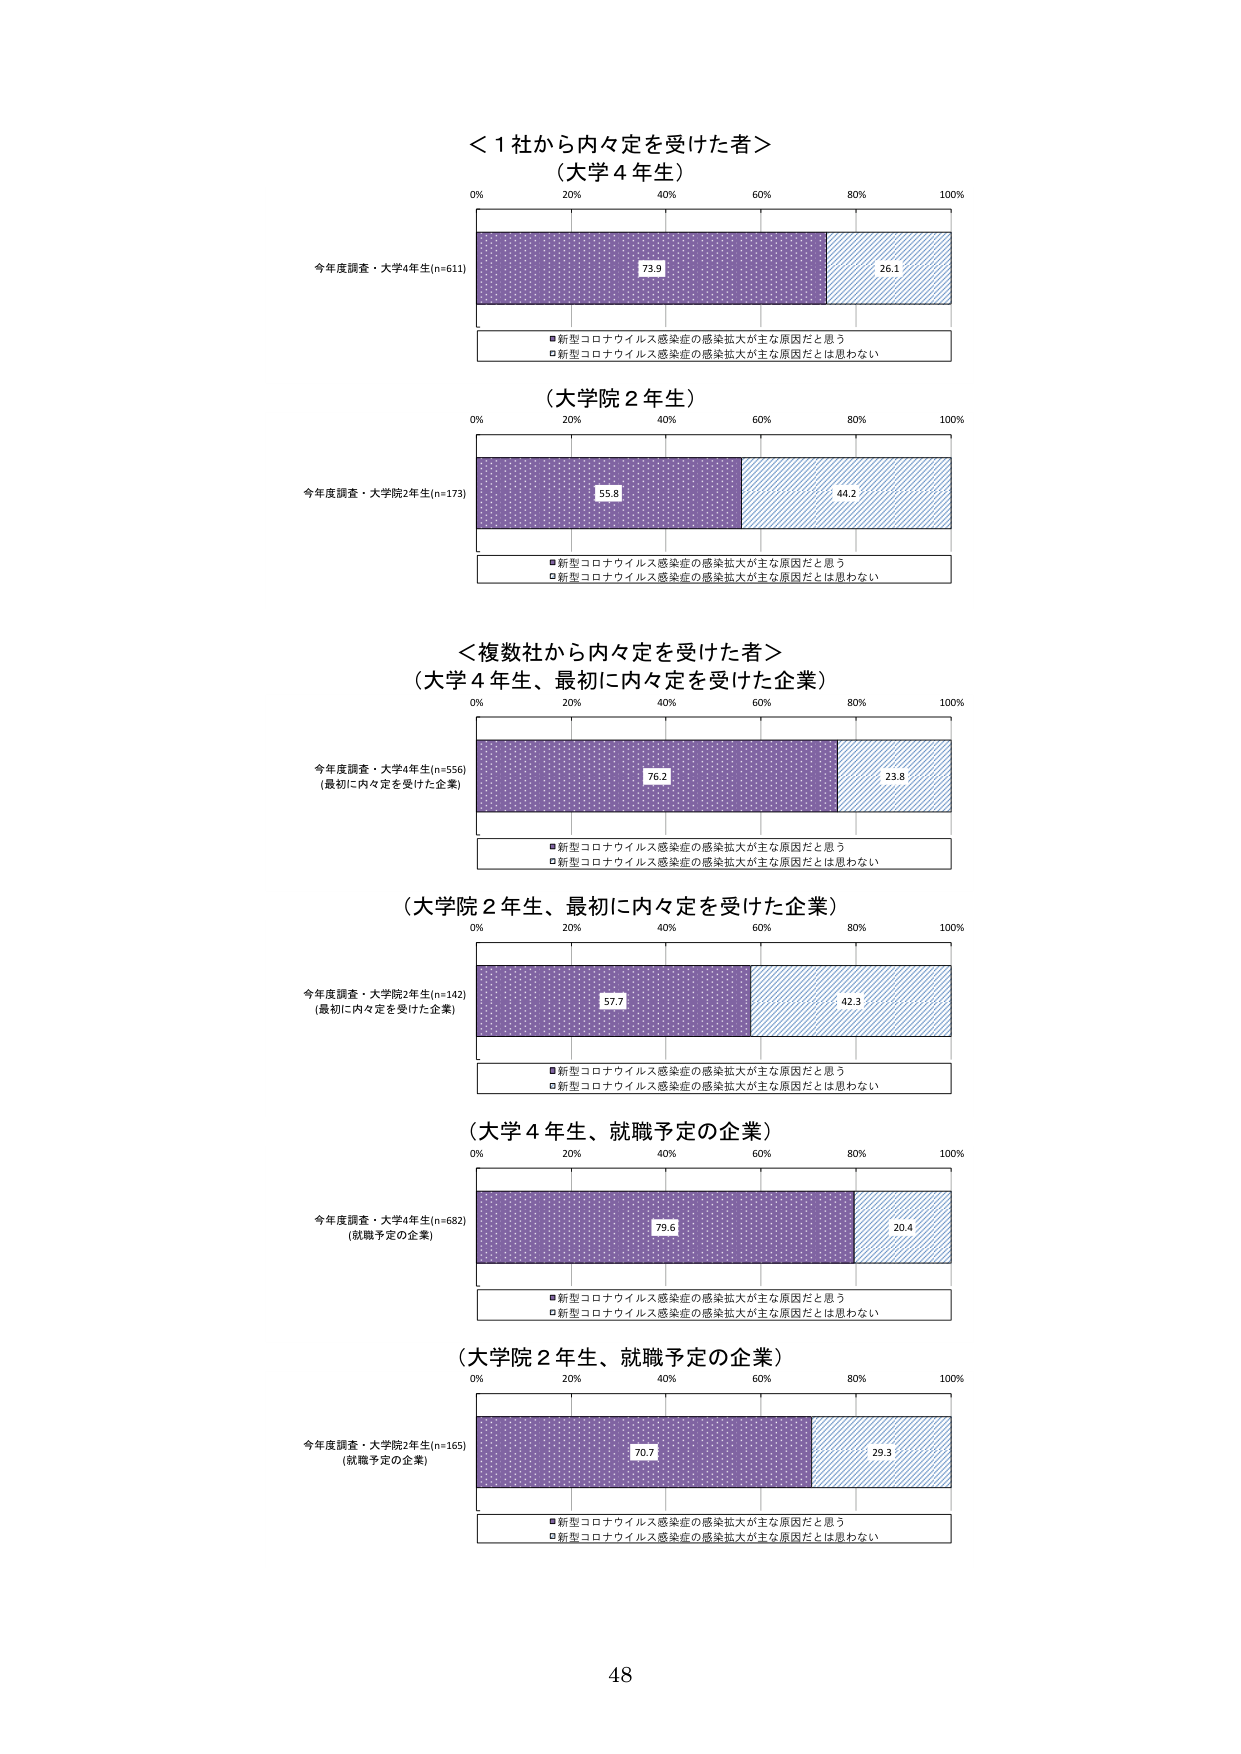
＜１社から内々定を受けた者＞
（大学４年生）
0% 20% 40% 60% 80% 100%
今年度調査・大学4年生(n=611)
73.9 26.1
■新型コロナウイルス感染症の感染拡大が主な原因だと思う
□新型コロナウイルス感染症の感染拡大が主な原因だとは思わない

（大学院２年生）
0% 20% 40% 60% 80% 100%
今年度調査・大学院2年生(n=173)
55.8 44.2
■新型コロナウイルス感染症の感染拡大が主な原因だと思う
□新型コロナウイルス感染症の感染拡大が主な原因だとは思わない

＜複数社から内々定を受けた者＞
（大学４年生、最初に内々定を受けた企業）
0% 20% 40% 60% 80% 100%
今年度調査・大学4年生(n=556)
(最初に内々定を受けた企業)
76.2 23.8
■新型コロナウイルス感染症の感染拡大が主な原因だと思う
□新型コロナウイルス感染症の感染拡大が主な原因だとは思わない

（大学院２年生、最初に内々定を受けた企業）
0% 20% 40% 60% 80% 100%
今年度調査・大学院2年生(n=142)
(最初に内々定を受けた企業)
57.7 42.3
■新型コロナウイルス感染症の感染拡大が主な原因だと思う
□新型コロナウイルス感染症の感染拡大が主な原因だとは思わない

（大学４年生、就職予定の企業）
0% 20% 40% 60% 80% 100%
今年度調査・大学4年生(n=682)
(就職予定の企業)
79.6 20.4
■新型コロナウイルス感染症の感染拡大が主な原因だと思う
□新型コロナウイルス感染症の感染拡大が主な原因だとは思わない

（大学院２年生、就職予定の企業）
0% 20% 40% 60% 80% 100%
今年度調査・大学院2年生(n=165)
(就職予定の企業)
70.7 29.3
■新型コロナウイルス感染症の感染拡大が主な原因だと思う
□新型コロナウイルス感染症の感染拡大が主な原因だとは思わない

48